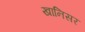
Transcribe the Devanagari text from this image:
खानिसर